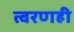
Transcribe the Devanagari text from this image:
त्वरणही